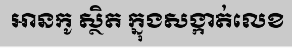
អានកូ ស្ថិត ក្នុងសង្កាត់លេខ